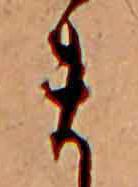
ま